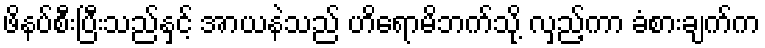
ဖိနပ်စီးပြီးသည်နှင့် အာယနဲသည် ဟိရောမိဘက်သို့ လှည့်ကာ ခံစားချက်က